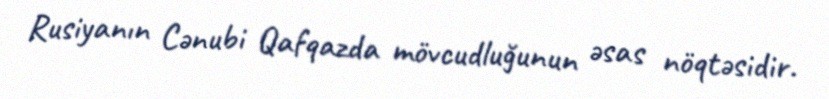
Rusiyanın Cənubi Qafqazda mövcudluğunun əsas nöqtəsidir.